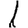
Digit: 1